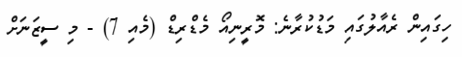
ހިގައިން ރެއާލުގައި މަޑުކުރާނެ: މޮރީނިއޯ މެޑްރިޑް (މެއި 7) - މި ސީޒަނަށް